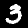
Digit: 3